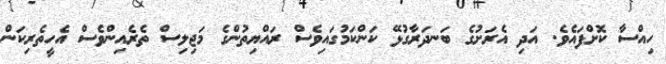
ހިއްސާ ކޮށްފައެވެ. އަދި އެރަށުގެ ބަނދަރާގުޅޭ ކަންކަމުގައިވެސް ރައްޔިތުންގެ މަޖިލިސް ތެރެއިންވެސް އެހީތެރިކަން